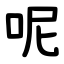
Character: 呢